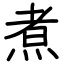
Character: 煮